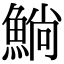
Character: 𫙥